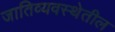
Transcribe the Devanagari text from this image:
जातिव्यवस्थेतील